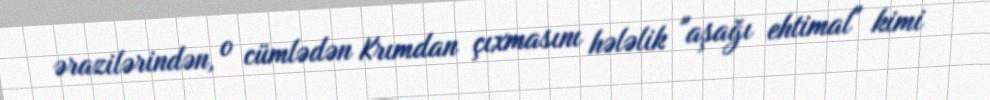
ərazilərindən, o cümlədən Krımdan çıxmasını hələlik "aşağı ehtimal" kimi